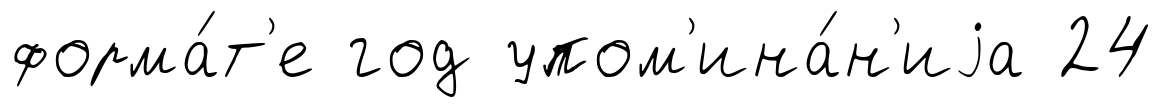
форма́т'е год упом'ина́н'иjа 24